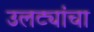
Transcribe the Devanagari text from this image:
उलट्यांचा